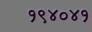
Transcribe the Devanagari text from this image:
१९४०४१